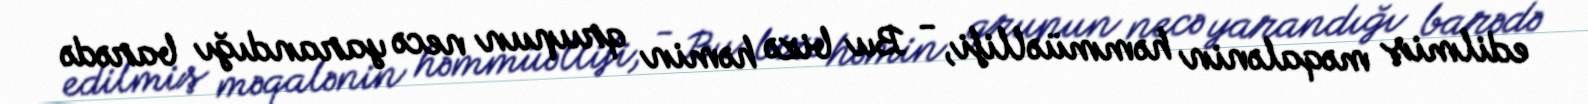
edilmiş məqalənin həmmüəllifi, - Bu bizə həmin qrupun necə yarandığı barədə